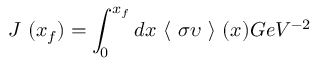
J ~ ( x _ { f } ) = \int _ { 0 } ^ { x _ { f } } d x ~ \langle ~ \sigma \upsilon ~ \rangle ~ ( x ) G e V ^ { - 2 }